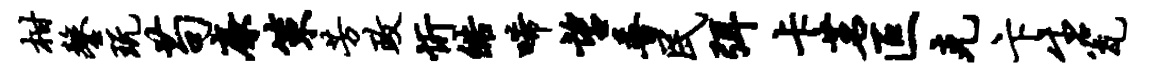
柑鏊玩苟廉策芳政忻皓唏望普民弭卡茗叵克卞生瓮